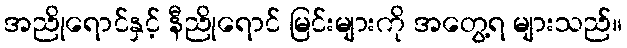
အညိုရောင်နှင့် နီညိုရောင် မြင်းများကို အတွေ့ရ များသည်။